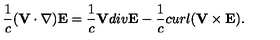
\frac { 1 } { c } ( { \bf V } \cdot \nabla ) { \bf E } = \frac { 1 } { c } { \bf V } d i v { \bf E } - \frac { 1 } { c } c u r l ( { \bf V } \times { \bf E } ) .